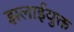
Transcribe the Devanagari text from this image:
झलाईयुक्त